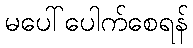
မပေါ်ပေါက်စေရန်